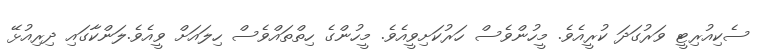
ސެކިއުރިޓީ ވަރުގަދަ ކުރީއެވެ. މީހުންވެސް ހަރުކަށިވީއެވެ. މީހުންގެ ހިތްތައްވެސް ހިލައަށް ވީއެވެ.ލަންކާގައި ދިރިއުޅޭ